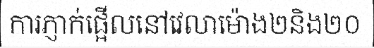
ការភ្ញាក់ផ្អើលនៅវេលាម៉ោង២និង២០